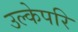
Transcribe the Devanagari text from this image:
उल्केपरि